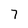
Character: 7